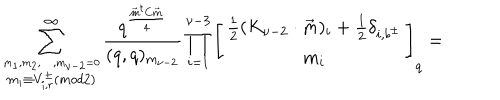
LaTeX: \sum _ { \stackrel { m _ { 1 } , m _ { 2 } , \ldots , m _ { \nu - 2 } = 0 } { m _ { i } \equiv V _ { i , r } ^ { \pm } ( m o d 2 ) } } ^ { \infty } \frac { q ^ { \frac { \vec { m } ^ { t } C \vec { m } } { 4 } } } { ( q , q ) _ { m _ { \nu - 2 } } } \prod _ { i = 1 } ^ { \nu - 3 } \left[ \begin{array} { c } { { \frac { 1 } { 2 } ( K _ { \nu - 2 } \cdot \vec { m } ) _ { i } + \frac { 1 } { 2 } \delta _ { i , b ^ { \pm } } } } \\ { { m _ { i } } } \\ \end{array} \right] _ { q } =